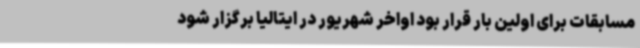
مسابقات برای اولین بار قرار بود اواخر شهریور در ایتالیا برگزار شود